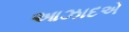
આઝાદએ